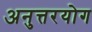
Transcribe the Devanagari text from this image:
अनुत्तरयोग